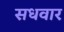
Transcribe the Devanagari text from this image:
सधवार